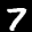
Label: 7